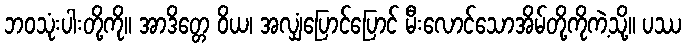
ဘဝသုံးပါးတို့ကို။ အာဒိတ္တေ ဝိယ၊ အလျှံပြောင်ပြောင် မီးလောင်သောအိမ်တို့ကိုကဲ့သို့။ ပဿ